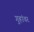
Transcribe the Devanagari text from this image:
गुहांवर